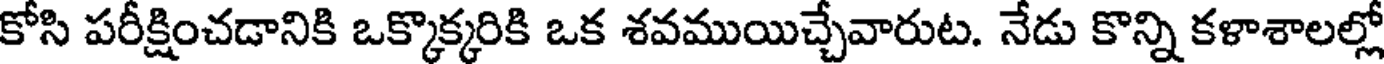
కోసి పరీక్షించడానికి ఒక్కొక్కరికి ఒక శవముయిచ్చేవారుట. నేడు కొన్ని కళాశాలల్లో